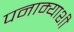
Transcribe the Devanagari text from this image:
पनाम्याशी